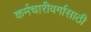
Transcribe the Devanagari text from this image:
कर्मचारीवर्गासाठी